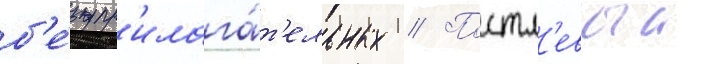
б'е́з пр'илага́т'ельных // Постл'евыи